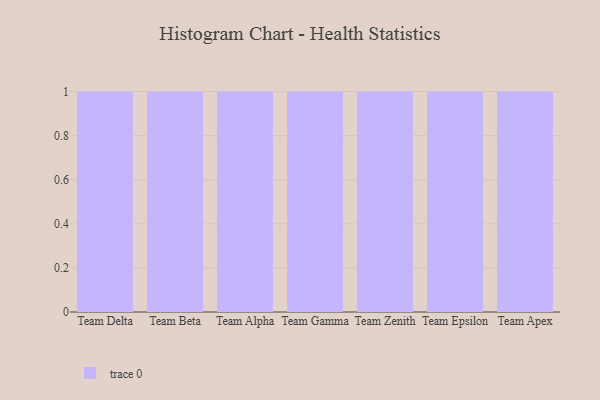
{"axis": {"x": "Team", "y": "Website Visitors"}, "legend": [""], "data": [{"x": "Team Delta", "y": 33, "type": ""}, {"x": "Team Beta", "y": 89, "type": ""}, {"x": "Team Alpha", "y": 49, "type": ""}, {"x": "Team Gamma", "y": 5, "type": ""}, {"x": "Team Zenith", "y": 50, "type": ""}, {"x": "Team Epsilon", "y": 68, "type": ""}, {"x": "Team Apex", "y": 57, "type": ""}]}